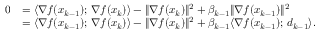
\begin{array} { r l } { 0 } & { = \langle \nabla f ( x _ { k - 1 } ) ; \, \nabla f ( x _ { k } ) \rangle - \| \nabla f ( x _ { k } ) \| ^ { 2 } + \beta _ { k - 1 } \| \nabla f ( x _ { k - 1 } ) \| ^ { 2 } } \\ & { = \langle \nabla f ( x _ { k - 1 } ) ; \, \nabla f ( x _ { k } ) \rangle - \| \nabla f ( x _ { k } ) \| ^ { 2 } + \beta _ { k - 1 } \langle \nabla f ( x _ { k - 1 } ) ; \, d _ { k - 1 } \rangle . } \end{array}